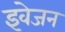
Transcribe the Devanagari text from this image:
इवेजन